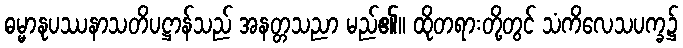
ဓမ္မာနုပဿနာသတိပဋ္ဌာန်သည် အနတ္တသညာ မည်၏။ ထိုတရားတို့တွင် သံကိလေသပက္ခ၌